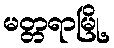
မတ္တရာမြို့